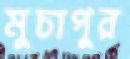
মুচাপুর